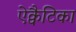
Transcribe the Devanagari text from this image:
ऐक्वैटिका